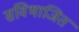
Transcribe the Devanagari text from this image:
संविभाजित